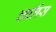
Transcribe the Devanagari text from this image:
चार्लिस